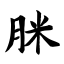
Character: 脒